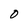
Character: O